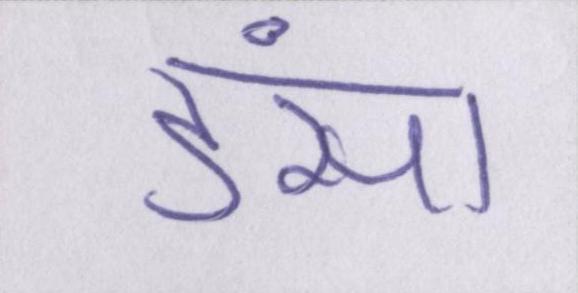
डंसा